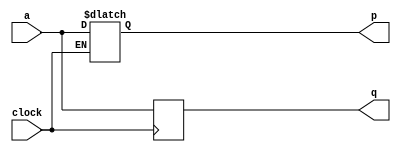
module top_module (
    input clock,
    input a,
    output p,
    output q );
    
    always @(*)
        if(clock)
            p = a; 
    
    always @(negedge clock)
        q <= a;    
	
endmodule